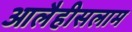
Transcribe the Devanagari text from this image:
आलैहीसलाम